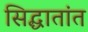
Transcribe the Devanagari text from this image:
सिद्धातांत